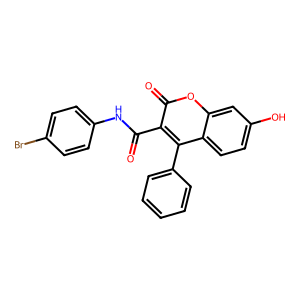
SMILES: O=C(Nc1ccc(Br)cc1)c1c(-c2ccccc2)c2ccc(O)cc2oc1=O
Inhibits HIV replication: No